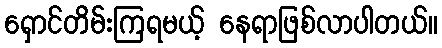
ရှောင်တိမ်းကြရမယ့် နေရာဖြစ်လာပါတယ်။